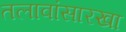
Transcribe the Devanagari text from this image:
तलावांसारखा